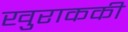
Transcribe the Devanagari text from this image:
खुराककी